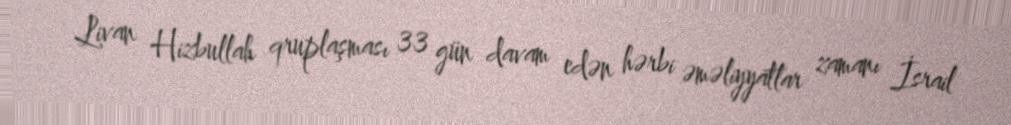
Livan Hizbullah qruplaşması 33 gün davam edən hərbi əməliyyatlar zamanı İsrail